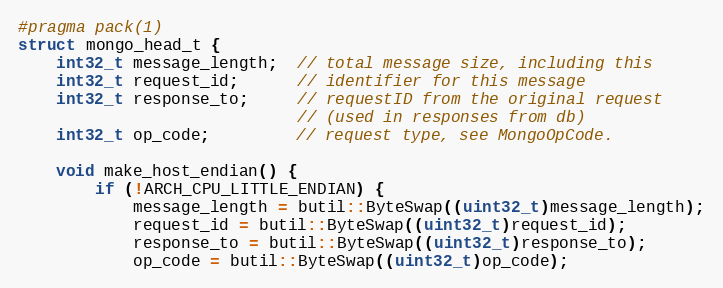
Language: C
#pragma pack(1)
struct mongo_head_t {
    int32_t message_length;  // total message size, including this
    int32_t request_id;      // identifier for this message
    int32_t response_to;     // requestID from the original request
                             // (used in responses from db)
    int32_t op_code;         // request type, see MongoOpCode.

    void make_host_endian() {
        if (!ARCH_CPU_LITTLE_ENDIAN) {
            message_length = butil::ByteSwap((uint32_t)message_length);
            request_id = butil::ByteSwap((uint32_t)request_id);
            response_to = butil::ByteSwap((uint32_t)response_to);
            op_code = butil::ByteSwap((uint32_t)op_code);